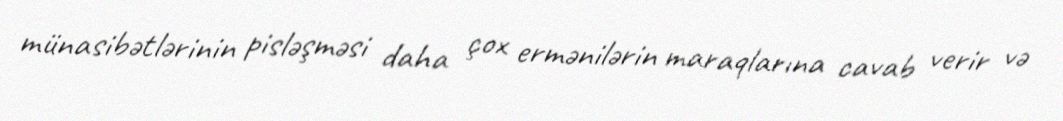
münasibətlərinin pisləşməsi daha çox ermənilərin maraqlarına cavab verir və